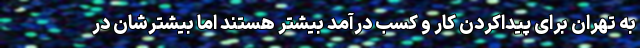
به تهران برای پیداکردن کار و کسب درآمد بیشتر هستند اما بیشترشان در